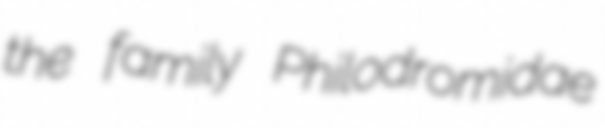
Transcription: the family Philodromidae